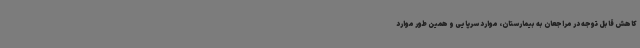
کاهش قابل توجه در مراجعان به بیمارستان، موارد سرپایی و همین طور موارد